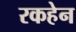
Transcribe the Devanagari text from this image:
रकहेन